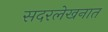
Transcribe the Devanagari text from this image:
सदरलेखनात